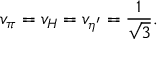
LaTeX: v _ { \pi } = v _ { H } = v _ { \eta ^ { \prime } } = { \frac { 1 } { \sqrt { 3 } } } .